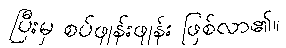
ပြီးမှ စပ်ဖျန်းဖျန်း ဖြစ်လာ၏။